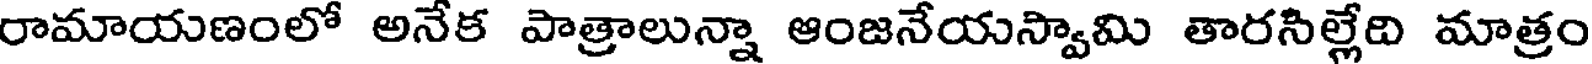
రామాయణంలో అనేక పాత్రాలున్నా ఆంజనేయస్వామి తారసిల్లేది మాత్రం